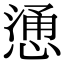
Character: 慂